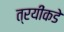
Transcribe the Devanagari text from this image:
त्रयींकडे